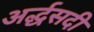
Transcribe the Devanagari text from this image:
अर्द्धसदी